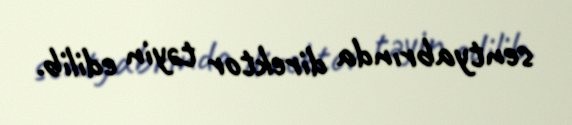
sentyabrında direktor təyin edilib.